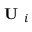
\textbf { U } _ { i }